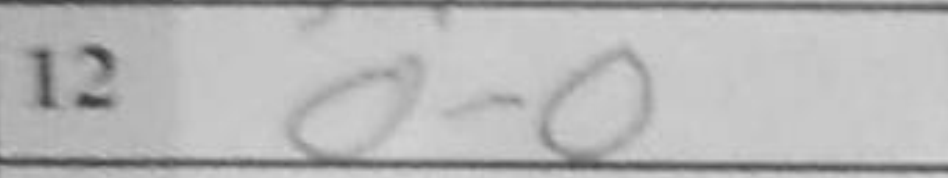
Transcription: O-O